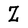
Character: Z